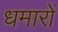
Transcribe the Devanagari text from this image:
धमारों